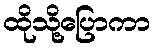
ထိုသို့ပြောကာ